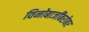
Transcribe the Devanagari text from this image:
विनोबाजींबरोबर